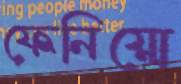
ফেনিয়ো